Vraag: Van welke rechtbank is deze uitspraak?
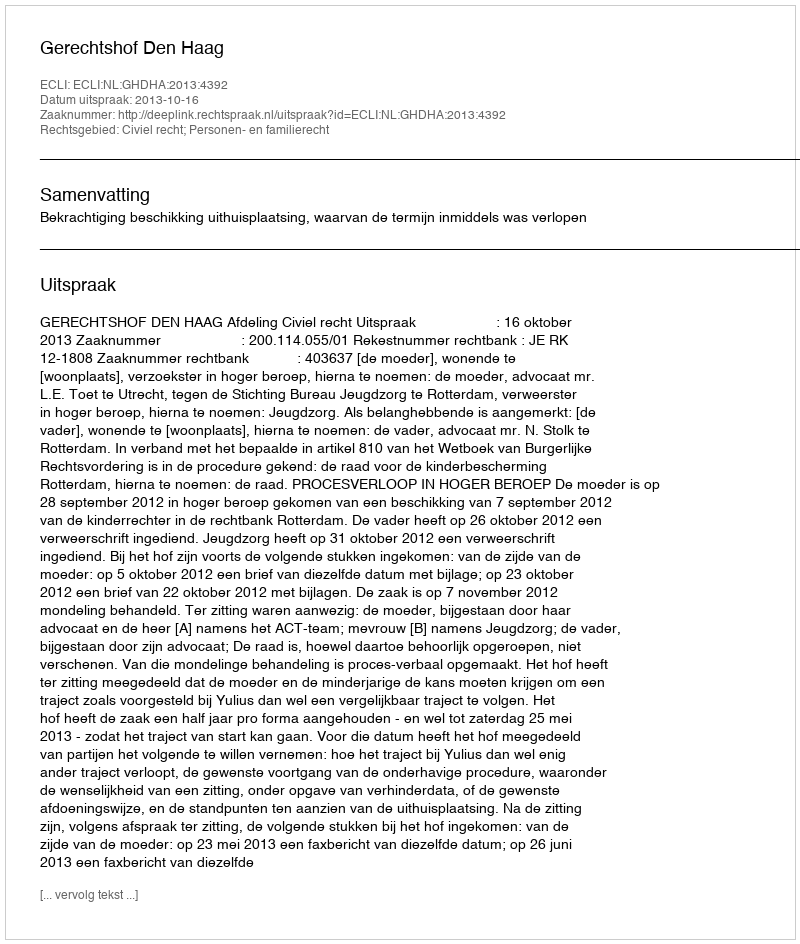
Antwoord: Gerechtshof Den Haag